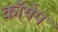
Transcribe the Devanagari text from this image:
कॉयेप